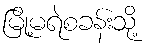
မြို့မရဲစခန်းသို့